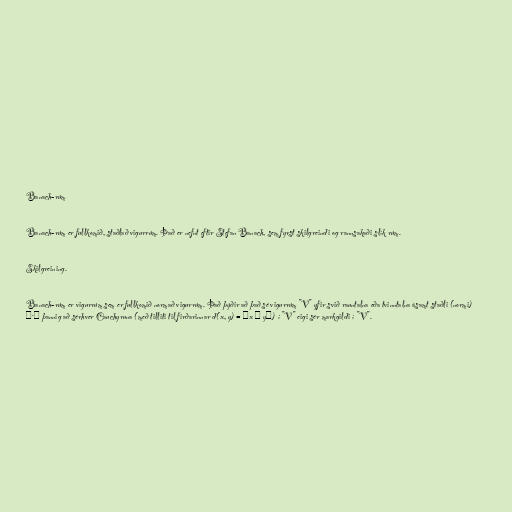
Banach-rúm

Banach-rúm er fullkomið, staðlað vigurrúm. Það er nefnt eftir Stefan Banach, sem fyrst skilgreindi og rannsakaði slík rúm.

Skilgreining.

Banach-rúm er vigurrúm sem er fullkomið normað vigurrúm. Það þýðir að það sé vigurrúm "V" yfir svið rauntalna eða tvinntalna ásamt staðli (normi)
‖·‖ þannig að sérhver Cauchyruna (með tilliti til firðarinnar d(x, y) = ‖x − y‖) í "V" eigi sér markgildi í "V".